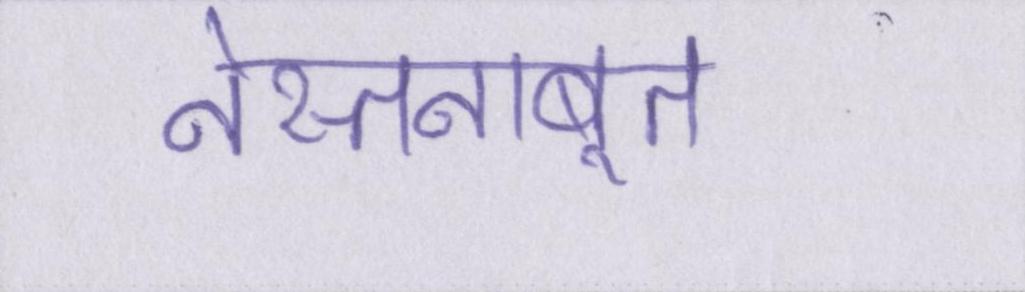
नेस्तनाबूत